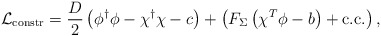
\begin{align*}{\cal L}_{\rm constr} = {D \over 2}\left(\phi^\dagger \phi -\chi^\dagger \chi-c \right) +\left(F_\Sigma \left(\chi^T\phi - b\right) +{\rm c.c.}\right), \end{align*}